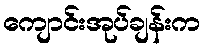
ကျောင်းအုပ်ချန်းက